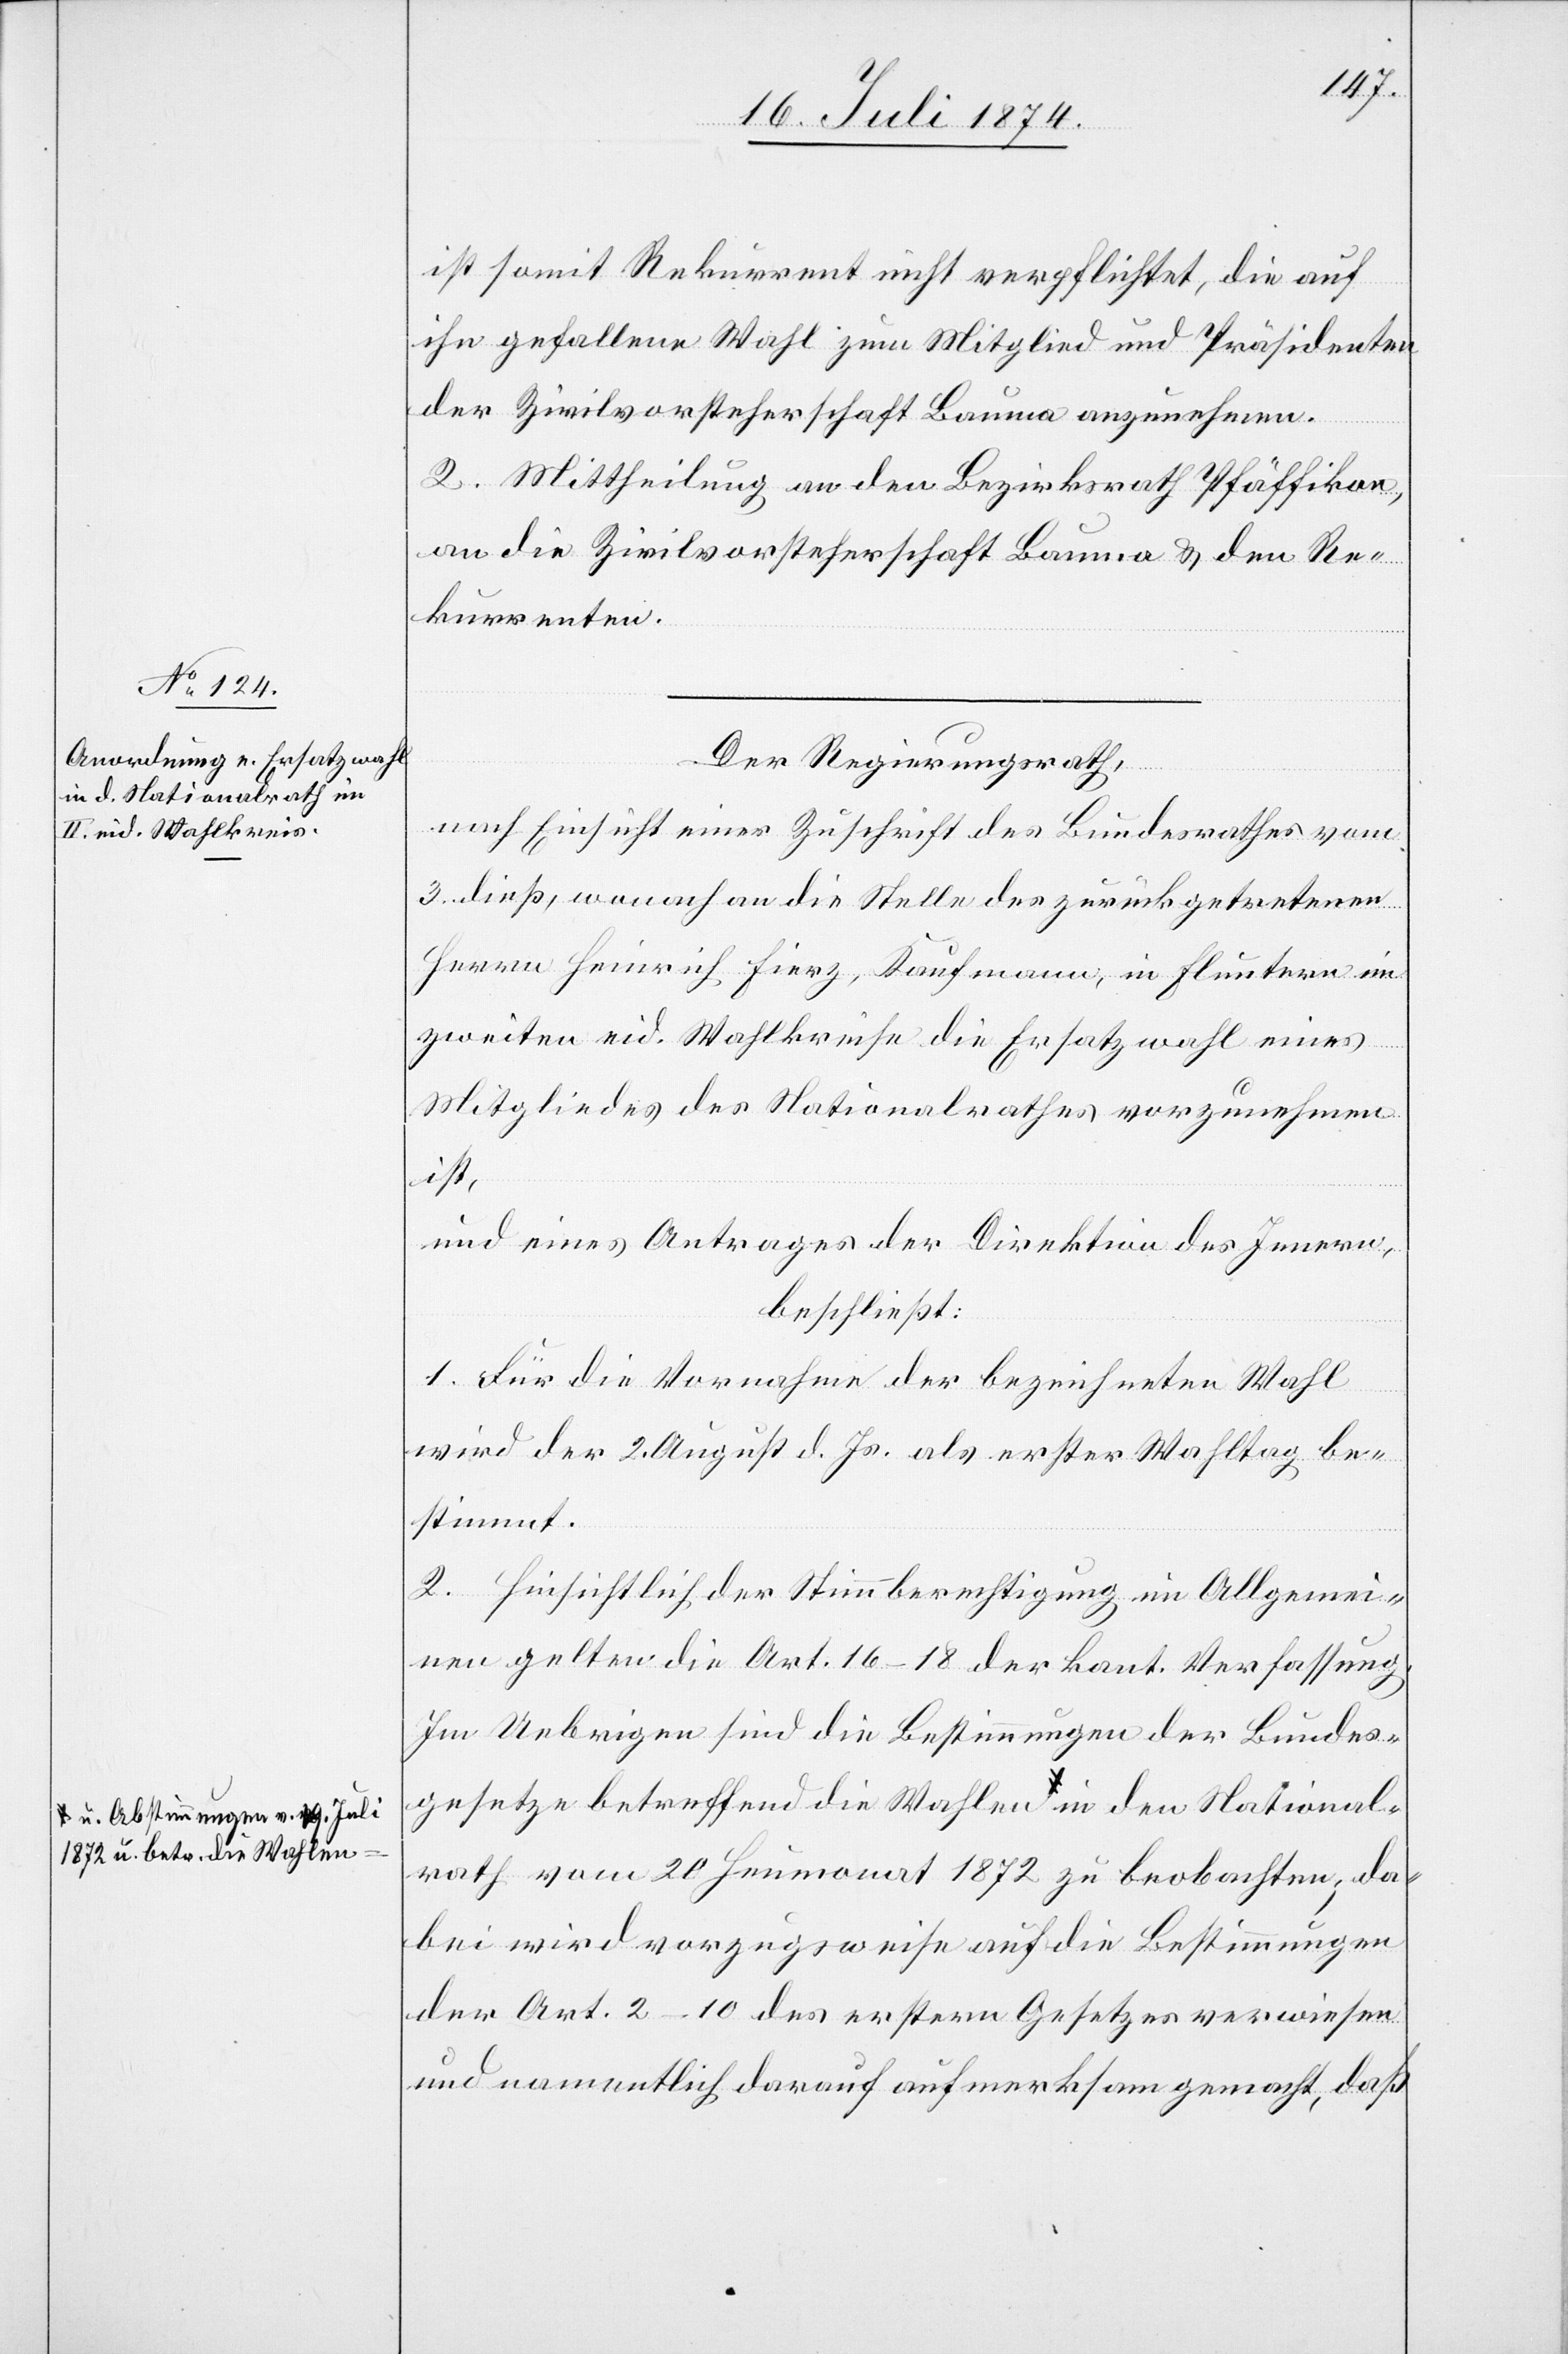
1872 u. betr. die Wahlen-a

ist somit Rekurrent nicht verpflichtet, die auf
ihn gefallene Wahl zum Mitglied und Präsidenten
der Zivilvorsteherschaft Bauma anzunehmen.
2. Mittheilung an den Bezirksrath Pfäffikon,
an die Zivilvorsteherschaft Bauma u. den Re¬
kurrenten.
Der Regierungsrath,
v.
nach Einsicht einer Zuschrift des Bundesrathes vom
3. dieß, wonach an die Stelle des zurückgetretenen
Herrn Heinrich Fierz, Kaufmann, in Fluntern im
zweiten eid. Wahlkreise die Ersatzwahl eines
Mittgliedes des Nationalrathes vorzunehmen
National¬
und eines Antrages der Direktion des Innern,
beschließt:
1. Für die Vornahme der bezeichneten Wahl
wird der 2. August d. Js. als erster Wahltag be¬
stimmt.
2. Hinsichtlich der Stimmberechtigung im Allgemei¬
nen gelten die Art. 16–18 der kant. Verfassung.
Im Uebrigen sind die Bestimmungen des Bundes¬
gesetzes betreffend die Wahlen a-u. Abstimmung¬
rath vom 20. Heumonat 1872 zu beobachten; da¬
bei wird vorzugsweise auf die Bestimmungen
der Art. 2–10 des erstern Gesetzes verwiesen
und namentlich darauf aufmerksam gemacht, daß